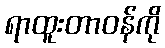
ရာထူးတာဝန်ကို